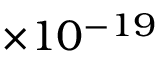
\times 1 0 ^ { - 1 9 }